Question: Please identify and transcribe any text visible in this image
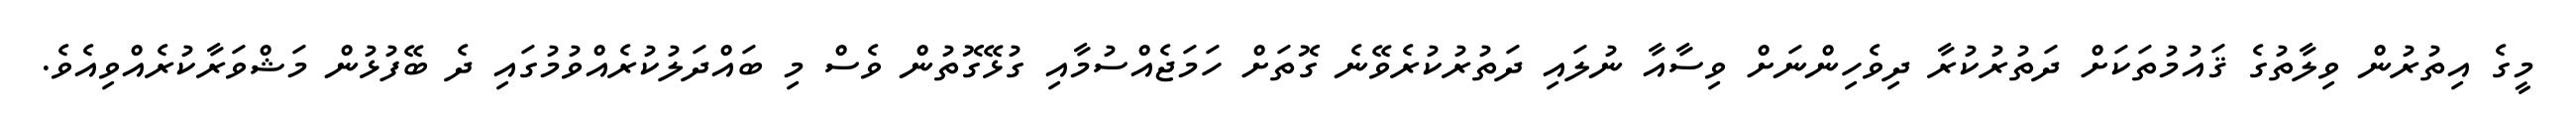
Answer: މީގެ އިތުރުން ވިލާތުގެ ޤައުމުތަކަށް ދަތުރުކުރާ ދިވެހިންނަށް ވިސާއާ ނުލައި ދަތުރުކުރެވޭނެ ގޮތަށް ހަމަޖެއްސުމާއި ގުޅޭގޮތުން ވެސް މި ބައްދަލުކުރެއްވުމުގައި ދެ ބޭފުޅުން މަޝްވަރާކުރެއްވިއެވެ.